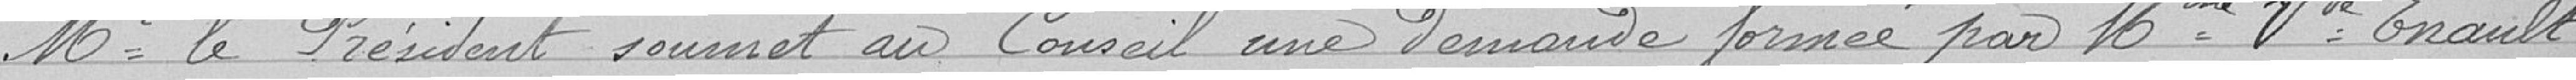
Monsieur le Président soumet au Conseil une demande formée par Madame veuve Enault